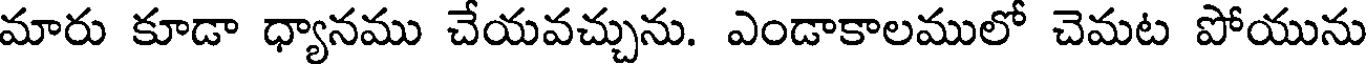
మారు కూడా ధ్యానము చేయవచ్చును. ఎండాకాలములో చెమట పోయును